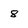
Character: 8